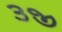
૩જી